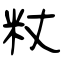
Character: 粀